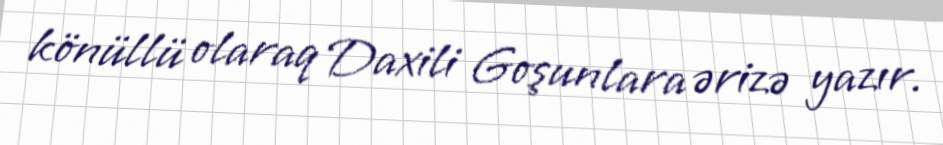
könüllü olaraq Daxili Goşunlara ərizə yazır.